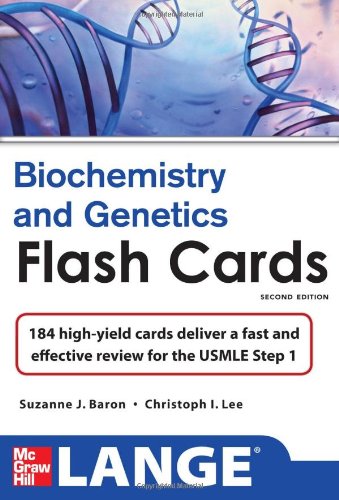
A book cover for Lange Biochemistry and Genetics Flash Cards 2/E (LANGE FlashCards); Suzanne Baron; Engineering & Transportation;